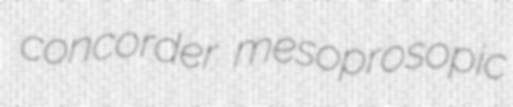
concorder mesoprosopic